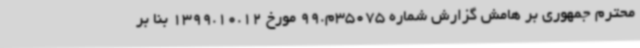
محترم جمهوری بر هامش گزارش شماره 35075م.99 مورخ 1399.10.12 بنا بر